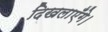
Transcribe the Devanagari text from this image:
दिखलाएँगे।